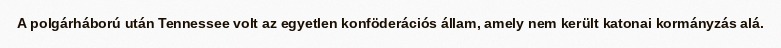
A polgárháború után Tennessee volt az egyetlen konföderációs állam, amely nem került katonai kormányzás alá.